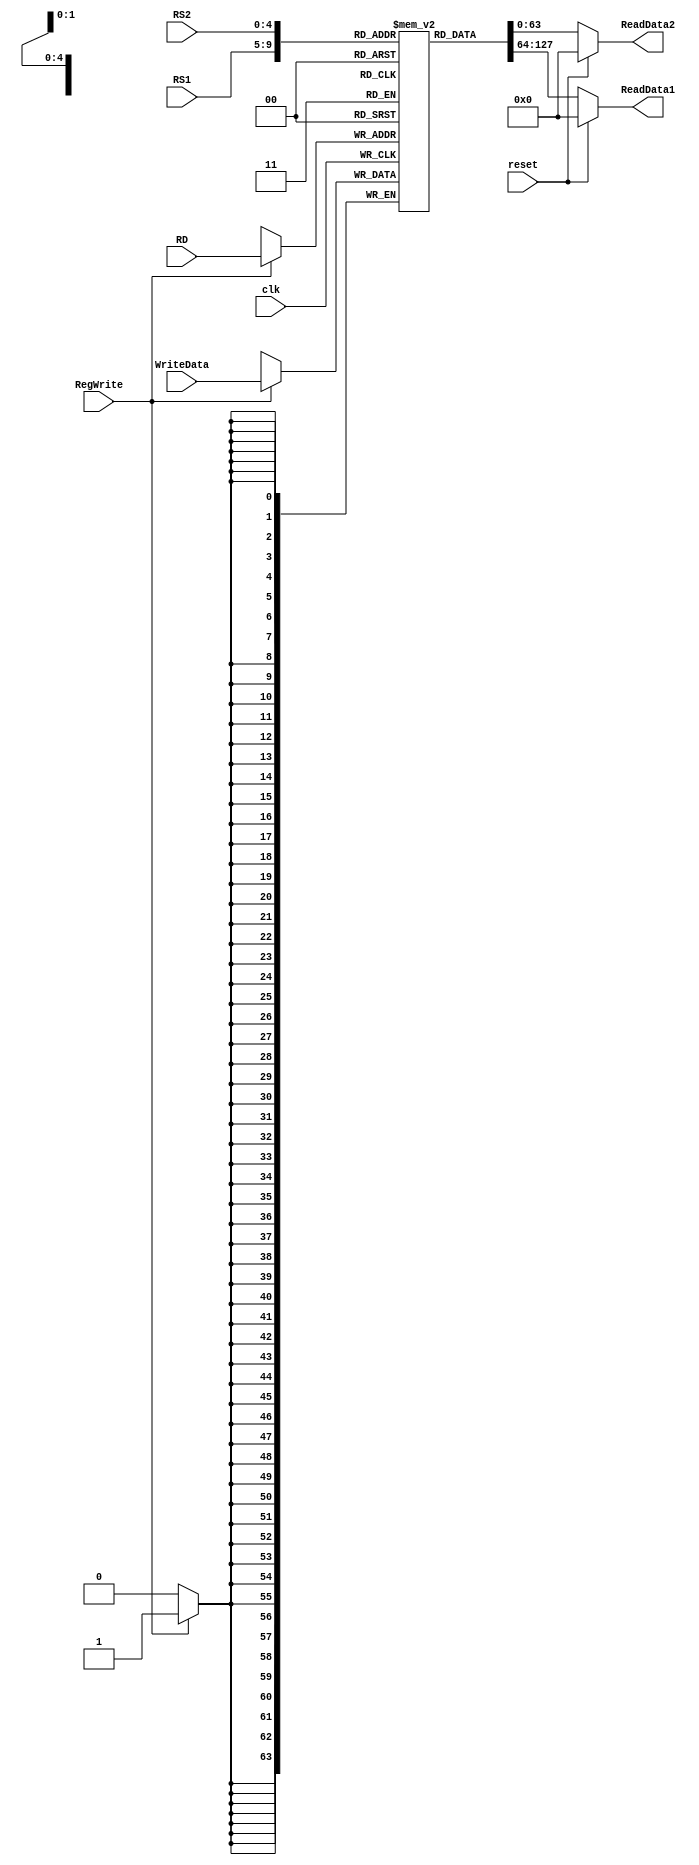
`timescale 1ns / 1ps
//////////////////////////////////////////////////////////////////////////////////
// Company: 
// Engineer: 
// 
// Design Name: 
// Module Name: registerFile
// Project Name: 
// Target Devices: 
// Tool Versions: 
// Description: 
// 
// Dependencies: 
// 
// Revision:
// Revision 0.01 - File Created
// Additional Comments:
// 
//////////////////////////////////////////////////////////////////////////////////

module registerFile 
  (    input [63:0]WriteData,  
       input [4:0]RS1,  
       input [4:0]RS2,  
       input [4:0]RD,  
       input RegWrite, clk, reset,  
       output reg [63:0]ReadData1,  
       output reg [63:0]ReadData2 
  ); 
  
  reg[63:0] Registers [31:0];    //initialize Registers with random values (using 'initial' block)
  initial    
    begin    
      Registers[0] = 64'd0;    
      Registers[1] = 64'd0;    
      Registers[2] = 64'd0;    
      Registers[3] = 64'd0;    
      Registers[4] = 64'd0;    
      Registers[5] = 64'd0;    
      Registers[6] = 64'd0;    
      Registers[7] = 64'd0;    
      Registers[8] = 64'd0;    
      Registers[9] = 64'd0;    
      Registers[10] = 64'd0;    
      Registers[11] = 64'd0;    
      Registers[12] = 64'd0;    
      Registers[13] = 64'd0;    
      Registers[14] = 64'd0;    
      Registers[15] = 64'd0;    
      Registers[16] = 64'd0;    
      Registers[17] = 64'd0;    
      Registers[18] = 64'd0;    
      Registers[19] = 64'd0;    
      Registers[20] = 64'd0;    
      Registers[21] = 64'd0;    
      Registers[22] = 64'd0;    
      Registers[23] = 64'd0;    
      Registers[24] = 64'd0;    
      Registers[25] = 64'd0;    
      Registers[26] = 64'd0;    
      Registers[27] = 64'd0;    
      Registers[28] = 64'd0;    
      Registers[29] = 64'd0;    
      Registers[30] = 64'd0;    
      Registers[31] = 64'd0;   
    end 
 
 //operation of writing data into a Register should always be done when  
 //positive edge of clock and RegWrite signal is asserted (or set, i.e. High)  
  always @ (posedge clk) 
    begin   
      case(RegWrite)                             
        1'b1 : 		    Registers[RD] = WriteData;   
      endcase  
    end 
 
  always @ (*)  
    begin   
      if(reset)  
        begin    
          ReadData1 = 64'b0;    
          ReadData2 = 64'b0;   
        end   
      else   
        begin    
          ReadData1 = Registers[RS1];    
          ReadData2 = Registers[RS2];   
        end  
    end  
endmodule